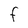
Character: F